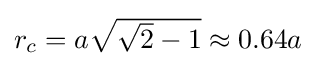
{\textstyle r_{c}=a{\sqrt {{\sqrt {2}}-1}}\approx 0.64a}